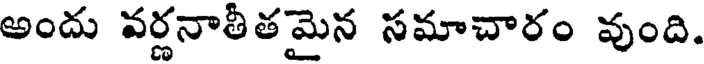
అందు వర్ణనాతీతమైన సమాచారం వుంది.